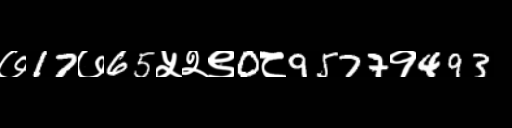
Text: ७17७65५२९0८9577१493